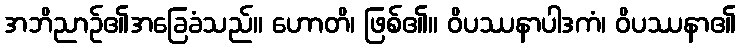
အဘိညာဉ်၏အခြေခံသည်။ ဟောတိ၊ ဖြစ်၏။ ဝိပဿနာပါဒကံ၊ ဝိပဿနာ၏